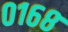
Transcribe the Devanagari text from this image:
०१६८